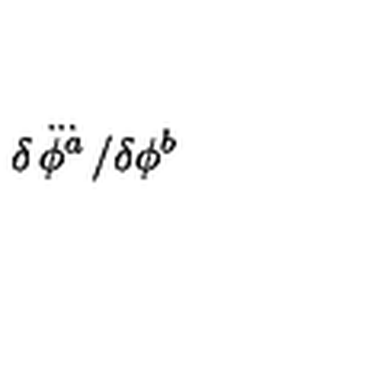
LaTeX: \delta \! \stackrel { { \ldots } } { \phi ^ { a } } \! / \delta \phi ^ { b }